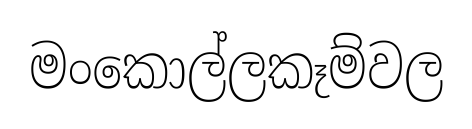
මංකොල්ලකෑම්වල